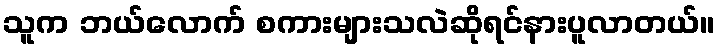
သူက ဘယ်လောက် စကားများသလဲဆိုရင်နားပူလာတယ်။